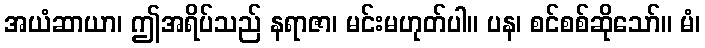
အယံဆာယာ၊ ဤအရိပ်သည် နရာဇာ၊ မင်းမဟုတ်ပါ။ ပန၊ စင်စစ်ဆိုသော်။ မံ၊